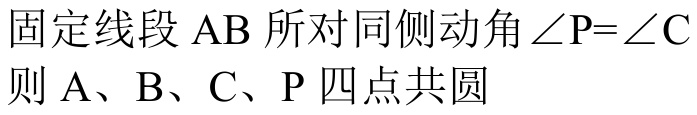
固定线段 $\mathrm{AB}$ 所对同侧动角 $\angle \mathrm{P}=\angle \mathrm{C}$
则 $\mathrm{A}$、$\mathrm{B}$、$\mathrm{C}$、$\mathrm{P}$ 四点共圆